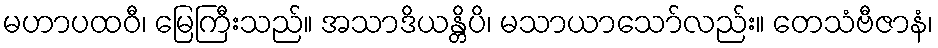
မဟာပထဝီ၊ မြေကြီးသည်။ အသာဒိယန္တိပိ၊ မသာယာသော်လည်း။ တေသံဗီဇာနံ၊